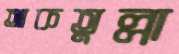
আকতুল্লা